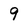
Character: 9